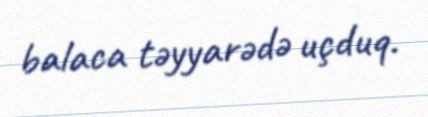
balaca təyyarədə uçduq.